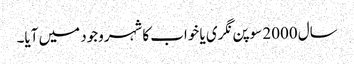
سال 2000 سوپن نگری یا خواب کا شہروجود میں آیا۔